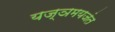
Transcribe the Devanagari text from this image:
यज्ञमयजंत